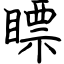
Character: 瞟